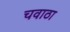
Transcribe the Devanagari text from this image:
चवाठा